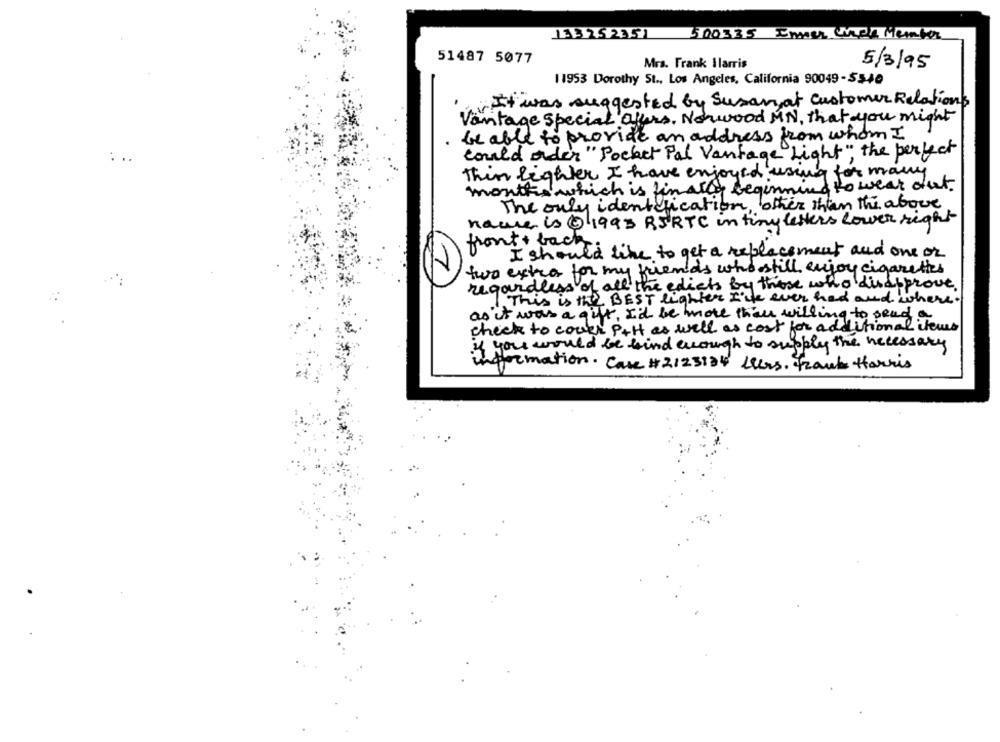
133252351 500335 Inner Which Member
51487 5077
Mrs. Frank Ilarris
5/3/95
11953 Dorothy St ., Los Angeles, California 90049-5340
It was suggested by Susan at Customer Relations
Vantage Special offers, Norwood MN, that you might
be able to provide an address from whom I
could order "Pocket Pal Vantage "Light", the perfect
. ..
Thin lighter I have enjoyed using for many
months which is finally beginning to wear dut.
The only identification, other than the above
name is 1993 RSRTC in tiny letters lower right
front + back
I should like to get a replacement and one or
7
two extra for my friends who still enjoy cigarettes
regardless of all the edicts by those who disapprove
1.This is the BEST lighter I've ever had and where
as it was a gift, I'd be more than willing to send a
check to cours P+H as well as cost for additional items
if you would be kind enough to supply the necessary
information . Case #2123134 Llers. Frank Harris